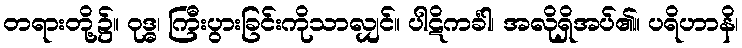
တရားတို့၌။ ဝုဒ္ဓ၊ ကြီးပွားခြင်းကိုသာလျှင်။ ပါဋိကင်္ခါ၊ အလိုရှိအပ်၏။ ပရိဟာနိ၊